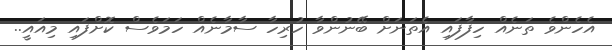
އެހެންވެ ތަނެއް ހިފާފައި އެތަނަށް ބޭނުންވާ ހުރިހާ ސާމާނެއް ހަމަވެސް ކޮށްފައި މިއައީ..